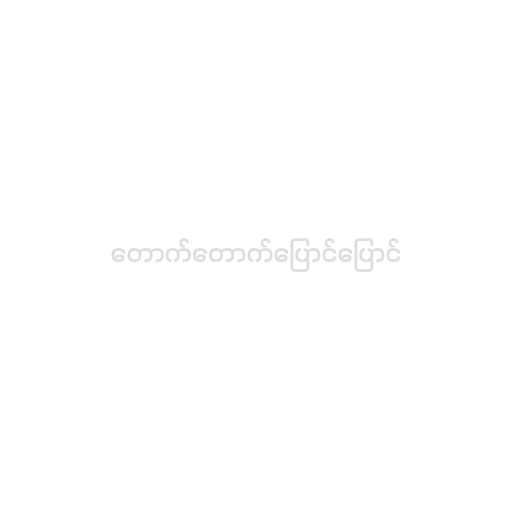
တောက်တောက်ပြောင်ပြောင်